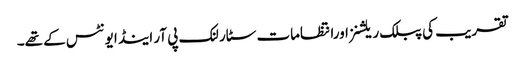
تقریب کی پبلک ریلشنزاورانتظامات سٹار لنک پی آر اینڈ ایونٹس کے تھے۔